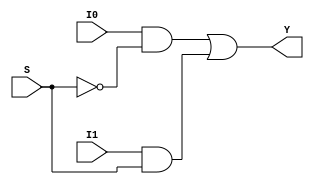
module mux2x1(
	input I0,
	input I1,
	input S,
	output Y);
	
	wire WN, WA1, WA2;
	
	not N1(WN, S);
	and A1(WA1, I0, WN);
	and A2(WA2, I1, S);
	or  O1(Y, WA1, WA2);

endmodule